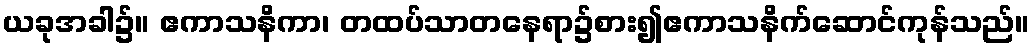
ယခုအခါ၌။ ဧကာသနိကာ၊ တထပ်သာတနေရာ၌စား၍ဧကာသနိက်ဆောင်ကုန်သည်။